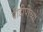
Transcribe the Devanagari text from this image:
पीडीपीच्या